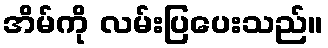
အိမ်ကို လမ်းပြပေးသည်။